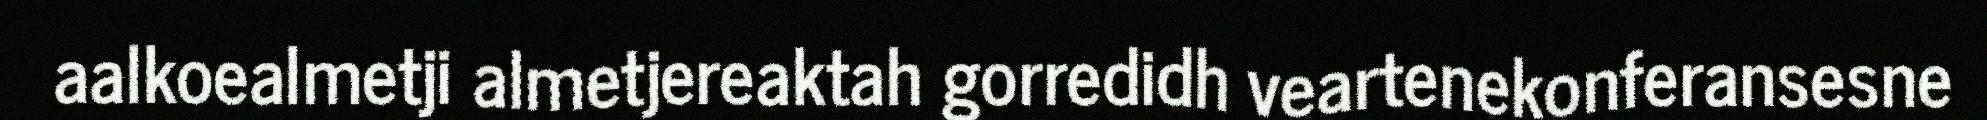
aalkoealmetji almetjereaktah gorredidh veartenekonferansesne